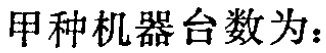
甲种机器台数为：